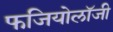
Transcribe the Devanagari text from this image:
फजियोलॉजी